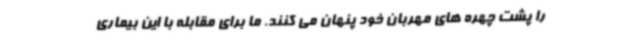
را پشت چهره های مهربان خود پنهان می کنند. ما برای مقابله با این بیماری